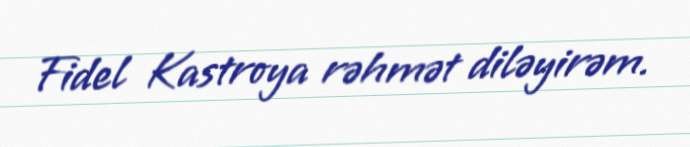
Fidel Kastroya rəhmət diləyirəm.